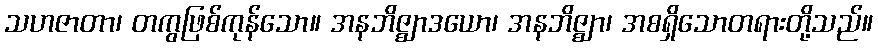
သဟဇာတာ၊ တကွဖြစ်ကုန်သော။ အနဘိဇ္ဈာဒယော၊ အနဘိဇ္ဈာ၊ အစရှိသောတရားတို့သည်။